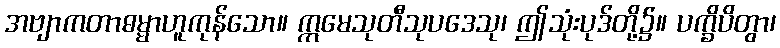
အဗျာကတာဓမ္မာဟူကုန်သော။ ဣမေသုတီသုပဒေသု၊ ဤသုံးပုဒ်တို့၌။ ပက္ခိပိတွာ၊